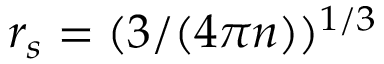
r _ { s } = ( 3 / ( 4 \pi n ) ) ^ { 1 / 3 }